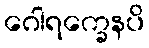
ဂေါရက္ခေနပိ